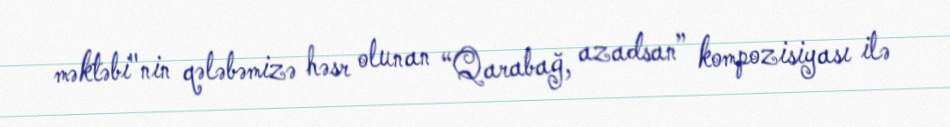
məktəbi"nin qələbəmizə həsr olunan “Qarabağ, azadsan” kompozisiyası ilə